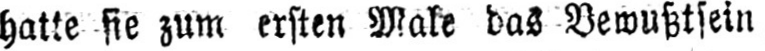
hatte sie zum ersten Male das Bewußtsein